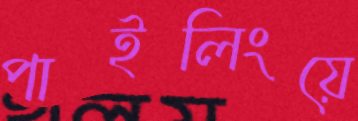
পাইলিংয়ে